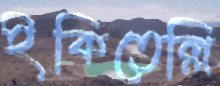
ইকিতেল্লি